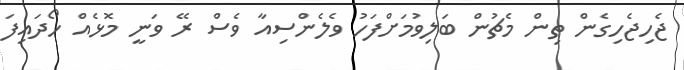
ޖެހިޖެހިގެން ތިން މެޗުން ބަލިވުމަށްފަހު ވެލެންސިއާ ވެސް ރޭ ވަނީ މޮޅެއް ހޯދައިފަ